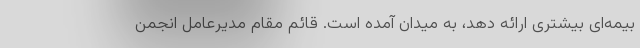
بیمه‌ای بیشتری ارائه دهد، به میدان آمده است. قائم مقام مدیرعامل انجمن